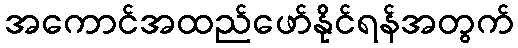
အကောင်အထည်ဖော်နိုင်ရန်အတွက်